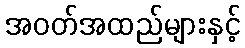
အဝတ်အထည်များနှင့်